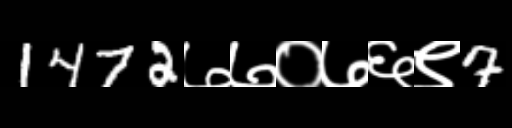
Text: 1472७७०७६९7